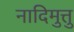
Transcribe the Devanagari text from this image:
नादिमुत्तु